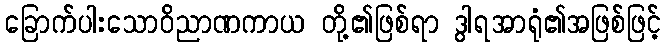
ခြောက်ပါးသောဝိညာဏကာယ တို့၏ဖြစ်ရာ ဒွါရအာရုံ၏အဖြစ်ဖြင့်